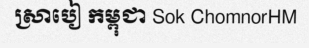
ស្រាបៀ កម្ពុជា Sok ChomnorHM